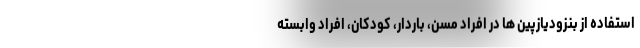
استفاده از بنزودیازپین ها در افراد مسن، باردار، کودکان، افراد وابسته